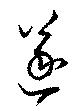
遂